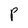
Character: P